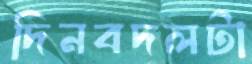
দিনবদলটা